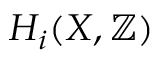
H _ { i } ( X , \mathbb { Z } )